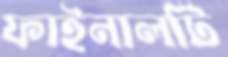
ফাইনালটি